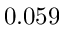
0 . 0 5 9